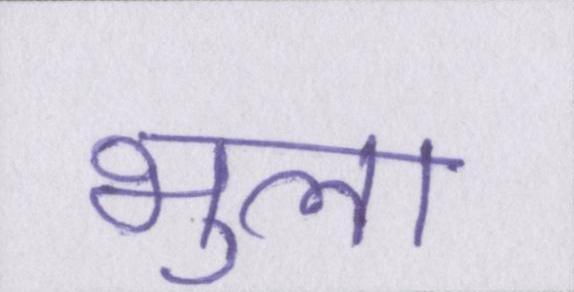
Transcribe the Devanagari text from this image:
भुला